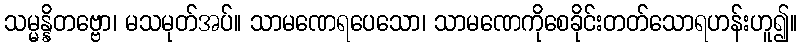
သမ္မန္နိတဗ္ဗော၊ မသမုတ်အပ်။ သာမဏေရပေသော၊ သာမဏေကိုစေခိုင်းတတ်သောရဟန်းဟူ၍။